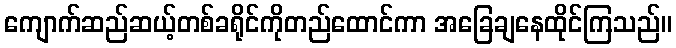
ကျောက်ဆည်ဆယ့်တစ်ခရိုင်ကိုတည်ထောင်ကာ အခြေချနေထိုင်ကြသည်။